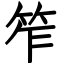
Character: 笮